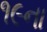
૧૯ના